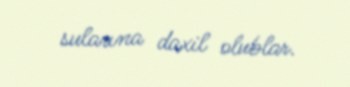
sularına daxil olublar.